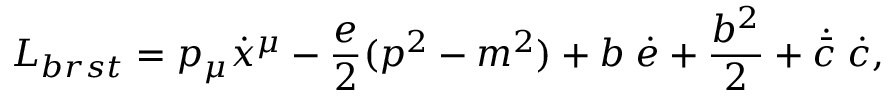
L _ { b r s t } = p _ { \mu } \dot { x } ^ { \mu } - \frac { e } { 2 } ( p ^ { 2 } - m ^ { 2 } ) + b \; \dot { e } + \frac { b ^ { 2 } } { 2 } + \dot { \bar { c } } \; \dot { c } ,